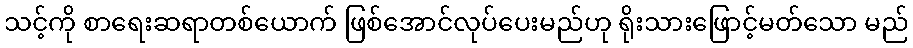
သင့်ကို စာရေးဆရာတစ်ယောက် ဖြစ်အောင်လုပ်ပေးမည်ဟု ရိုးသားဖြောင့်မတ်သော မည်